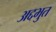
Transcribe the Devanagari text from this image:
अद्दभुत